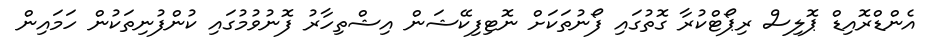
އެންޑްރޮއިޑް ޕޮލިސް ރިޕޯޓްކުރާ ގޮތުގައި ފޯނުތަކަށް ނޮޓިފިކޭޝަން އިޝްތިހާރު ފޮނުވުމުގައި ކުންފުނިތަކުން ހަމައިން